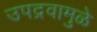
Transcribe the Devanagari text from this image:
उपद्रवामुळे